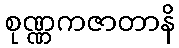
စုဏ္ဏကဇာတာနိ